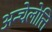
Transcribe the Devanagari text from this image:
अन्चेलोत्ति